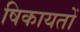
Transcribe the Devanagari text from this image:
षिकायतों